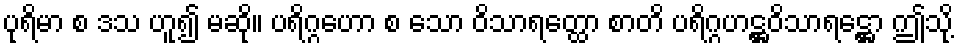
ပုရိမာ စ ဒသ ဟူ၍ မဆို။ ပရိဂ္ဂဟော စ သော ဝိသာရတ္ထော စာတိ ပရိဂ္ဂဟဋ္ဌဝိသာရဋ္ဌော ဤသို့